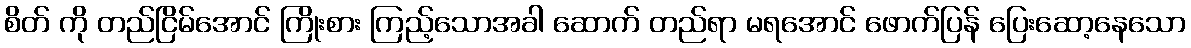
စိတ် ကို တည်ငြိမ်အောင် ကြိုးစား ကြည့်သောအခါ ဆောက် တည်ရာ မရအောင် ဖောက်ပြန် ပြေးဆော့နေသော